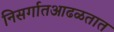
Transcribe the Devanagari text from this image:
निसर्गातआढळतात